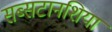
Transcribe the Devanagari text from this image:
सब्सटानशिया